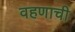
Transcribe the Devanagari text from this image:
वहणाची